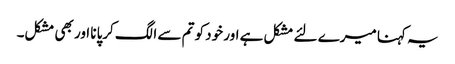
یہ کہنا میرے لئے مشکل ہے اور خود کو تم سے الگ کرپانا اور بھی مشکل۔